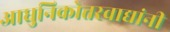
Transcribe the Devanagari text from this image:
आधुनिकोत्तरवाद्यांनी